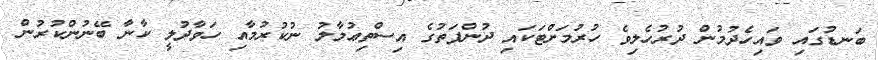
ބަނޑުގައި ވައިހެދުމުން ދުރުހެލިވެ ހުރުމަށްޓަކައި ދުންފަތުގެ އިސްތިޢުމާލު ނުކުރުމާއި ހަވާދުލީ ކާނާ ބޭނުންކުރުން